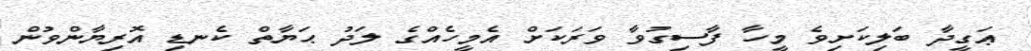
ޢަގީދާ ބަލިކަށިވެ މީހާ ފާސިގުވާ ވަރަކަށް އެމީހެއްގެ ލަދު ޙަޔާތް ކެނޑި އޮރިޔާންވުން